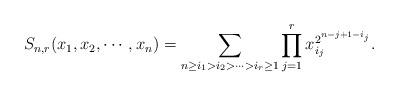
LaTeX: \begin{align*}S_{n,r}(x_1,x_2,\cdots,x_n)=\sum_{n\geq i_1>i_2>\cdots>i_r\geq 1}\prod_{j=1}^rx_{i_j}^{2^{n-j+1-i_j}}.\end{align*}